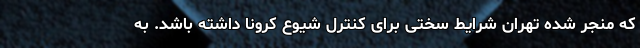
که منجر شده تهران شرایط سختی برای کنترل شیوع کرونا داشته باشد. به